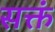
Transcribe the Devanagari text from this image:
सक्तं